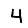
Digit: 4